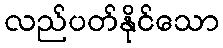
လည်ပတ်နိုင်သော